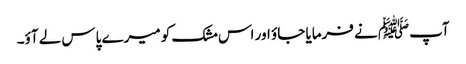
آپﷺ نے فرمایا جاؤ اور اس مشک کو میرے پاس لے آؤ۔